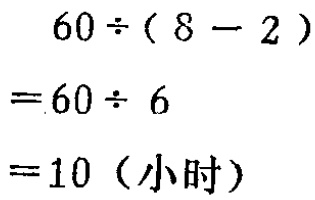
\[

\begin{align*}

60\div(8 - 2)&\\

=60\div6&\\

=10 (\text{小时})&

\end{align*}

\]